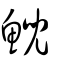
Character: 鯢